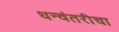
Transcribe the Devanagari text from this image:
धन्वंतरीचा